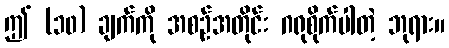
ဤ (၁၀) ချက်ကို အစဉ်အတိုင်း ဂရုစိုက်ပါတဲ့ ဘုရား။